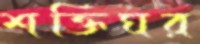
শক্তিঘর